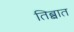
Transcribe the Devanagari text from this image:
तिब्बात